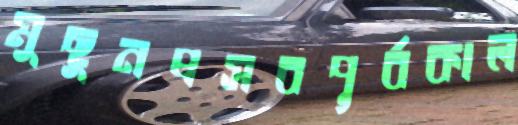
মুছুনপ্রসবপূর্বকাল